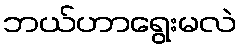
ဘယ်ဟာရွေးမလဲ